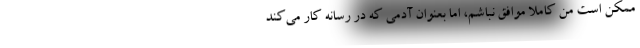
ممکن است من کاملا موافق نباشم، اما بعنوان آدمی که در رسانه کار می‌کند